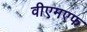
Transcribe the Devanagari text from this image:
वीएमएफ